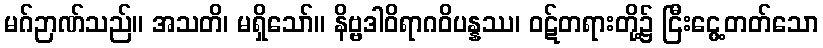
မဂ်ဉာဏ်သည်။ အသတိ၊ မရှိသော်။ နိဗ္ဗဒါဝိရာဂဝိပန္နဿ၊ ဝဋ်တရားတို့၌ ငြီးငွေ့တတ်သော